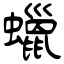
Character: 蠟